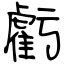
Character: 虧